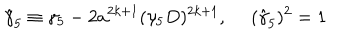
\hat { \gamma } _ { 5 } \equiv \gamma _ { 5 } - 2 a ^ { 2 k + 1 } ( \gamma _ { 5 } D ) ^ { 2 k + 1 } , \ ( \hat { \gamma } _ { 5 } ) ^ { 2 } = 1